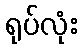
ရုပ်လုံး